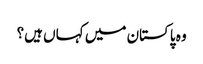
وہ پاکستان میں کہاں ہیں؟